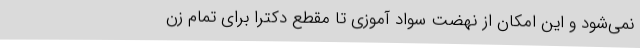
نمی‌شود و این امکان از نهضت سواد آموزی تا مقطع دکترا برای تمام زن